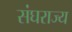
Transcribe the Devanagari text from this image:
संघराज्‍य